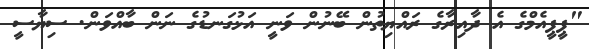
"ޕީޕީއެމްގެ އެ ދާއިރާގެ ރައްޔިތުން ބޭނުން ވަނީ އަޅުގަނޑުގެ ނަން ބާއްވަން. ސިޔާސީ